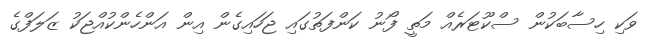
ވަކި ހިސާބަކުން ސްކޫޓަރެއް މަތީ ފޯނު ކަންފަތުގައި ޖަހައިގެން އިން އަންހެންކުއްޖަކު ޒަލަފްގެ